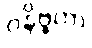
ဝနိဗ္ဗကာ